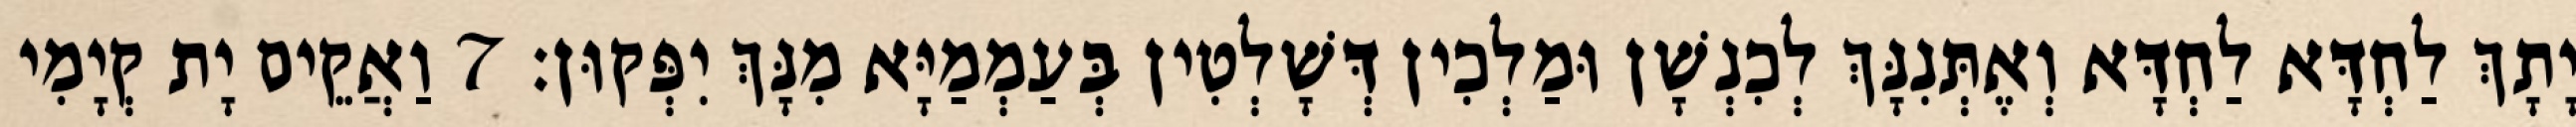
יָתָךְ לַחְדָּא לַחְדָּא וְאֶתְּנִנָּךְ לְכִנְשָׁן וּמַלְכִין דְּשָׁלְטִין בְּעַמְמַיָּא מִנָּךְ יִפְּקוּן׃ 7 וַאֲקֵים יָת קְיָמִי